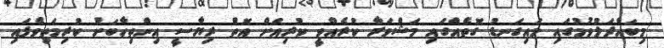
މިބައްދަލުވުމުގައި މައިގަނޑު ގޮތެއްގައި މަޝްވަރާ ކުރެއްވީ ކުރިއަށް އޮތް ރިޔާސީ އިންތިހާބަށް ކުރިމަތިވެފައި